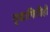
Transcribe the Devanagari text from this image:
मुशाफिरीही